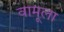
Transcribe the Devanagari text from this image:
वामूला